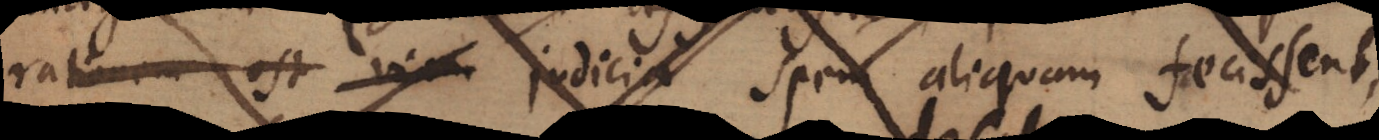
rationem est vi_ judicia spem aliquam fecissens,